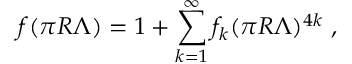
f ( \pi R \Lambda ) = 1 + \sum _ { k = 1 } ^ { \infty } f _ { k } ( \pi R \Lambda ) ^ { 4 k } \ ,